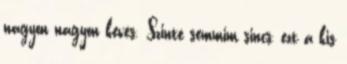
nagyon nagyon kevés. Szinte semmim sincs, ezt a kis